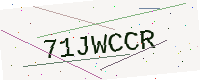
Text: 71JWCCR